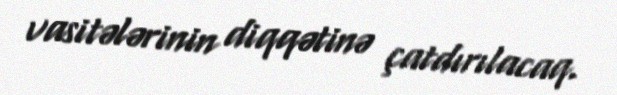
vasitələrinin diqqətinə çatdırılacaq.